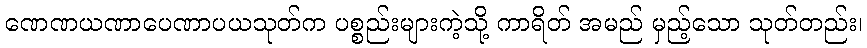
ဏေဏယဏာပေဏာပယသုတ်က ပစ္စည်းများကဲ့သို့ ကာရိတ် အမည် မှည့်သော သုတ်တည်း၊